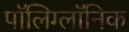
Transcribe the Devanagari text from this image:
पॉलिग्लॉनिक